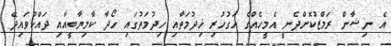
އެ ނިޝާން ރަމްޒުކޮށްދެނީ އެމީހެއްގެ އަގުހުރި ޚިދުމަތާއި ހިދުމަތުގައި ހޯދާ ކާމިޔާބީއާއި ދައްކުވައިދޭ